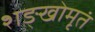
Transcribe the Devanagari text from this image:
शङ्खोमृतं